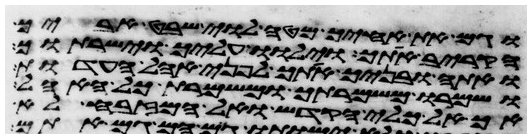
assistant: וגם את אחיך מטה לוי שבט אביך
הקריב אתך וילוו עליך וישרתוך
ואתה ובניך אתך לפני אהל העדות
ושמרו משמרתך ומשמרת כל האהל
אך אל כלי הקדש ואל המזבח לא